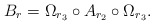
\begin{align*}B_{r}=\Omega_{r_{3}}\circ A_{r_{2}}\circ \Omega_{r_{3}}.\end{align*}